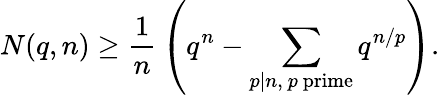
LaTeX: N(q,n)\geq{\frac{1}{n}}\left(q^{n}-\sum_{p\mid n,\ p{\mathrm{~prime}}}q^{n/p}\right).